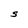
Character: S